Lunatic asylums United Prov. 1922-30 - 1922-1930
Year: 1922
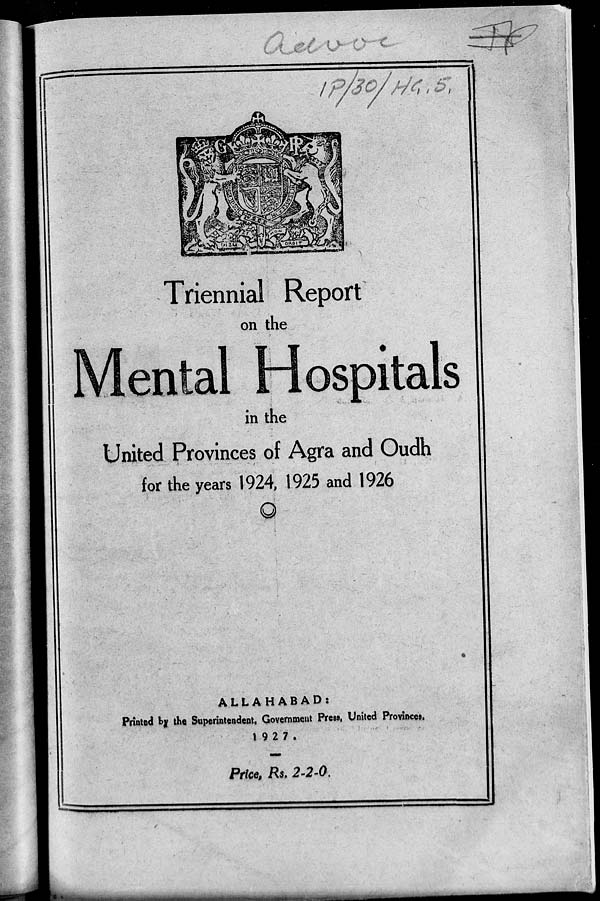
Triennial Report
on the
Mental Hospitals
in the
United Provinces of Agra and Oudh
for the years 1924, 1925 and 1926
ALLAHABAD :
Printed by the Superintendent, Government Press, United Provinces.
1927.
Price, Rs. 2-2-0.